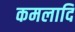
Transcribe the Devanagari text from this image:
कमलादि